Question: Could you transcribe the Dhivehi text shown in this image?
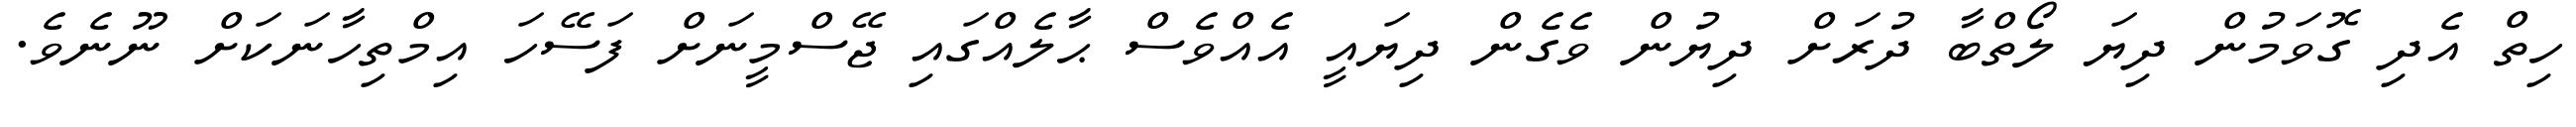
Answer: ހިތް އެދި ގޮވަމުން ދިޔަ ލޯތްބާ ދުރަށް ދިޔުން ވެގެން ދިޔައީ އެއްވެސް ޙާލެއްގައި ޖޭސްމީނަށް ފަސޭހަ އިމްތިހާނަކަށް ނޫނެވެ.